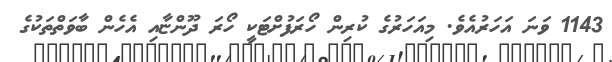
1143 ވަނަ އަހަރުއެވެ. މިއަހަރުގެ ކުރިން ހޯރަފުށްޓަކީ ހޯރަ ދޫންޏާއި އެހެން ބާވަތްތަކުގެ